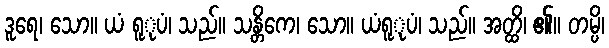
ဒူရေ၊ သော။ ယံ ရူုပံ၊ သည်။ သန္တိကေ၊ သော။ ယံရူုပံ၊ သည်။ အတ္ထိ၊ ၏။ တမ္ပိ၊